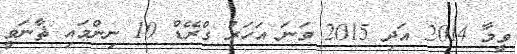
ވީމާ 2014 އަދި 2015 ވަނަ އަހަރު ގްރޭޑް 10 ނިންމައި ޘާނަވީ